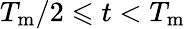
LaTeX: T_{\mathrm{m}}/2\leqslant t<T_{\mathrm{m}}